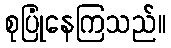
စုပြုံနေကြသည်။